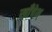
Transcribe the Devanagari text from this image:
खाँचेश्